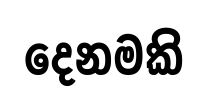
දෙනමකි